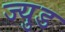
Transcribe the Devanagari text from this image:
ज्युड